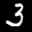
Label: 3